Indian journal of veterinary science and animal husbandry - Volume 9,
Year: 1939
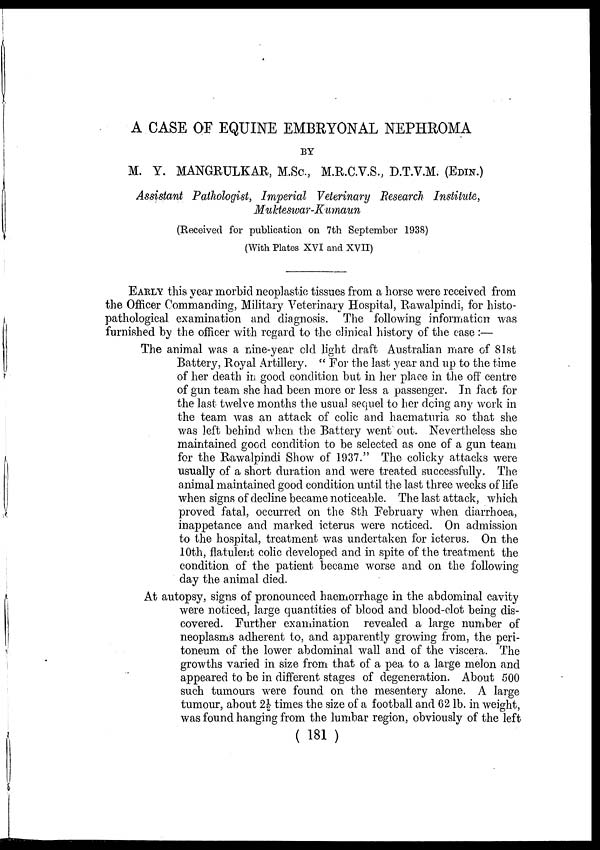
A CASE OF EQUINE EMBRYONAL NEPHROMA
BY
M. Y. MANGRULKAR, M.Sc., M.R.C.V.S., D.T.V.M. (EDIN.)
Assistant Pathologist, Imperial Veterinary Research Institute,
Mukteswar-Kumaun
(Received for publication on 7th September 1938)
(With Plates XVI and XVII)
EARLY this year morbid neoplastic tissues from a horse were received from
the Officer Commanding, Military Veterinary Hospital, Rawalpindi, for histo-
pathological examination and diagnosis. The following information was
furnished by the officer with regard to the clinical history of the case :—
The animal was a nine-year old light draft Australian mare of 81st
Battery, Royal Artillery. " For the last year and up to the time
of her death in good condition but in her place in the off centre
of gun team she had been more or less a passenger. In fact for
the last twelve months the usual sequel to her doing any work in
the team was an attack of colic and haematuria so that she
was left behind when the Battery went out. Nevertheless she
maintained good condition to be selected as one of a gun team
for the Rawalpindi Show of 1937." The colicky attacks were
usually of a short duration and were treated successfully. The
animal maintained good condition until the last three weeks of life
when signs of decline became noticeable. The last attack, which
proved fatal, occurred on the 8th February when diarrhoea,
inappetance and marked icterus were noticed. On admission
to the hospital, treatment was undertaken for icterus. On the
10th, flatulent colic developed and in spite of the treatment the
condition of the patient became worse and on the following
day the animal died.
At autopsy, signs of pronounced haemorrhage in the abdominal cavity
were noticed, large quantities of blood and blood-clot being dis-
covered. Further examination revealed a large number of
neoplasms adherent to, and apparently growing from, the peri-
toneum of the lower abdominal wall and of the viscera. The
growths varied in size from that of a pea to a large melon and
appeared to be in different stages of degeneration. About 500
such tumours were found on the mesentery alone. A large
tumour, about 2½ times the size of a football and 62 lb. in weight,
was found hanging from the lumbar region, obviously of the left
( 181 )